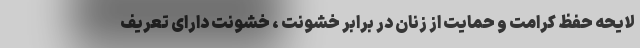
لایحه حفظ کرامت و حمایت از زنان در برابر خشونت ، خشونت دارای تعریف